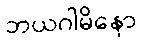
ဘယဂါမိနော